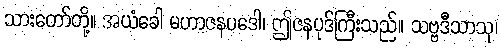
သားတော်တို့။ အယံခေါ မဟာဇနပဒေါ၊ ဤဇနပုဒ်ကြီးသည်။ သဗ္ဗဒီသာသု၊